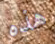
هذه